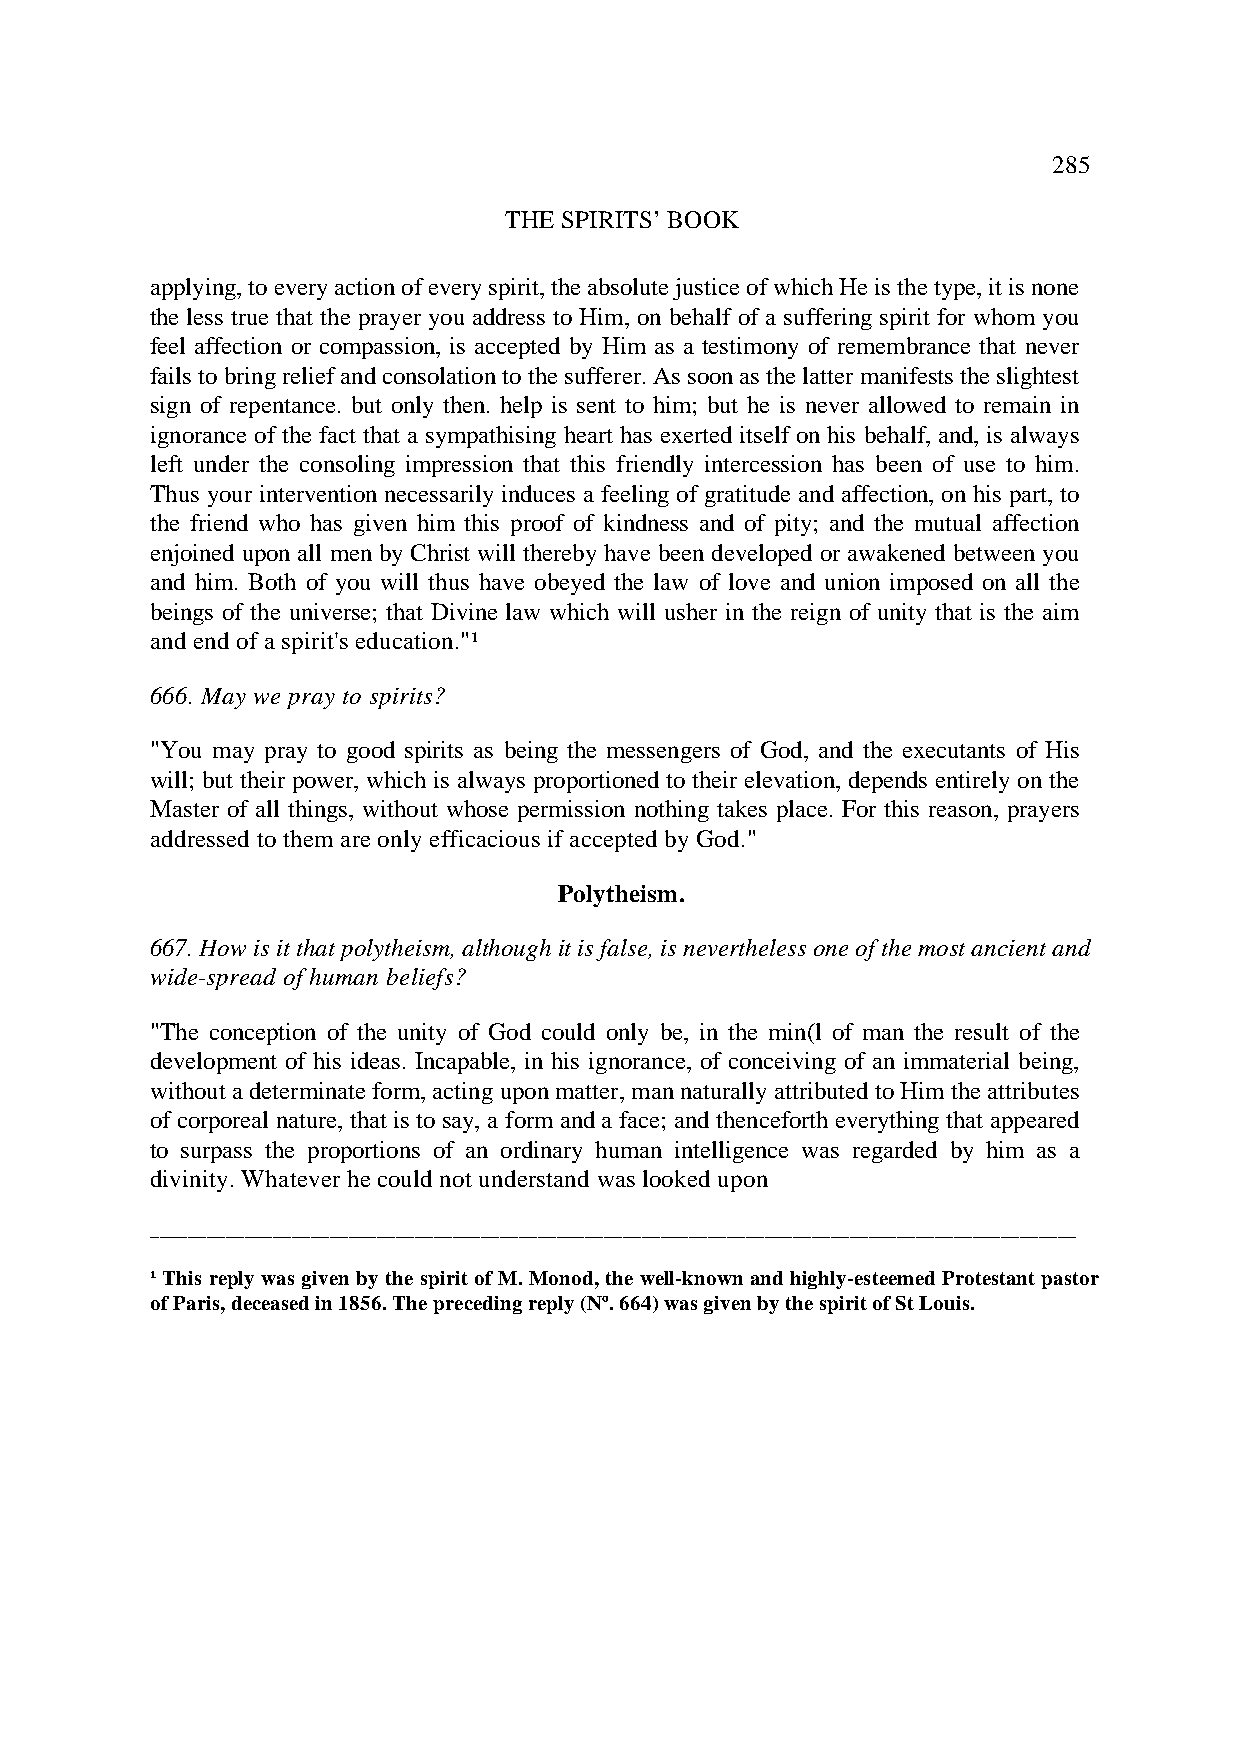
285
 THE SPIRITS’ BOOK
 applying, to every action of every spirit, the absolute justice of which He is the type, it is none
 the less true that the prayer you address to Him, on behalf of a suffering spirit for whom you
 feel affection or compassion, is accepted by Him as a testimony of remembrance that never
 fails to bring relief and consolation to the sufferer. As soon as the latter manifests the slightest
 sign of repentance. but only then. help is sent to him; but he is never allowed to remain in
 ignorance of the fact that a sympathising heart has exerted itself on his behalf, and, is always
 left under the consoling impression that this friendly intercession has been of use to him.
 Thus your intervention necessarily induces a feeling of gratitude and affection, on his part, to
 the friend who has given him this proof of kindness and of pity; and the mutual affection
 enjoined upon all men by Christ will thereby have been developed or awakened between you
 and him. Both of you will thus have obeyed the law of love and union imposed on all the
 beings of the universe; that Divine law which will usher in the reign of unity that is the aim
 and end of a spirit's education."¹
 666. May we pray to spirits?
 "You may pray to good spirits as being the messengers of God, and the executants of His
 will; but their power, which is always proportioned to their elevation, depends entirely on the
 Master of all things, without whose permission nothing takes place. For this reason, prayers
 addressed to them are only efficacious if accepted by God."
 Polytheism.
 667. How is it that polytheism, although it is false, is nevertheless one of the most ancient and
 wide-spread of human beliefs?
 "The conception of the unity of God could only be, in the min(l of man the result of the
 development of his ideas. Incapable, in his ignorance, of conceiving of an immaterial being,
 without a determinate form, acting upon matter, man naturally attributed to Him the attributes
 of corporeal nature, that is to say, a form and a face; and thenceforth everything that appeared
 to surpass the proportions of an ordinary human intelligence was regarded by him as a
 divinity. Whatever he could not understand was looked upon
 __________________________________________________________________________________________________
 ¹ This reply was given by the spirit of M. Monod, the well-known and highly-esteemed Protestant pastor
 of Paris, deceased in 1856. The preceding reply (Nº. 664) was given by the spirit of St Louis.